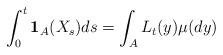
LaTeX: \begin{align*}\int_0^t \mathbf{1}_A(X_s)ds = \int_AL_t(y)\mu(dy)\end{align*}